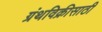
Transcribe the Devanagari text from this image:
ग्रंथविक्रीसाठी